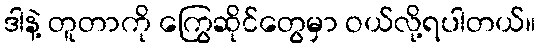
ဒါနဲ့ တူတာကို ကြွေဆိုင်တွေမှာ ဝယ်လို့ရပါတယ်။